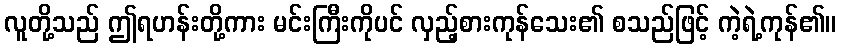
လူတို့သည် ဤရဟန်းတို့ကား မင်းကြီးကိုပင် လှည့်စားကုန်သေး၏ စသည်ဖြင့် ကဲ့ရဲ့ကုန်၏။